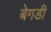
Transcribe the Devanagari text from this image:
बेगडी